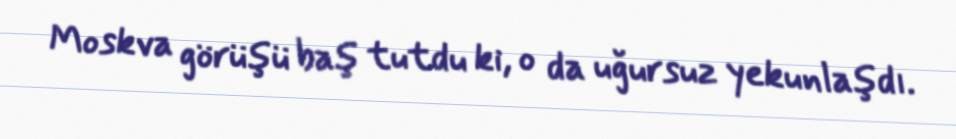
Moskva görüşü baş tutdu ki, o da uğursuz yekunlaşdı.